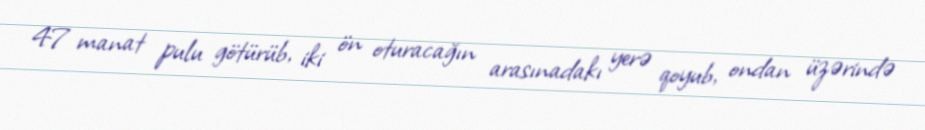
47 manat pulu götürüb, iki ön oturacağın arasınadakı yerə qoyub, ondan üzərində